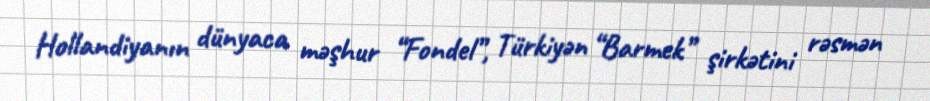
Hollandiyanın dünyaca məşhur “Fondel”, Türkiyən “Barmek” şirkətini rəsmən